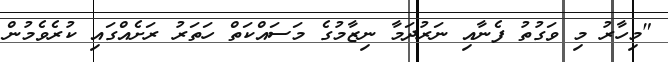
"މިހާރު މި ވަގުތު ފެނާއި ނަރުދަމާ ނިޒާމުގެ މަސައްކަތް ހަތަރު ރަށެއްގައި ކުރެވެމުން